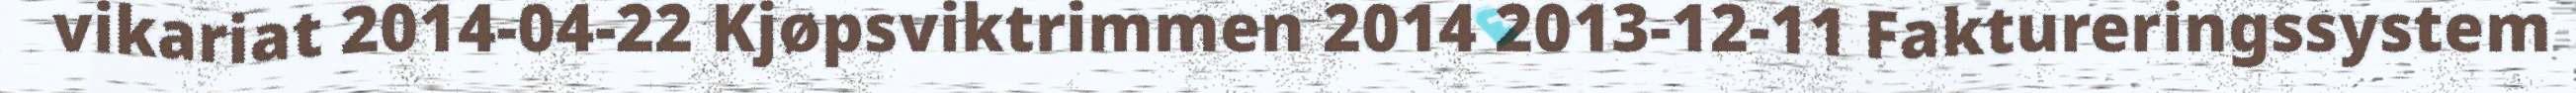
vikariat 2014-04-22 Kjøpsviktrimmen 2014 2013-12-11 Faktureringssystem